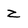
Character: z